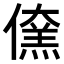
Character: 𠏖